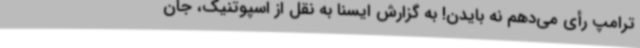
ترامپ رأی می‌دهم نه بایدن! به گزارش ایسنا به نقل از اسپوتنیک، جان